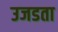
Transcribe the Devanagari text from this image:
उजडता